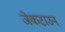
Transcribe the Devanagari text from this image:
जेकटाउन